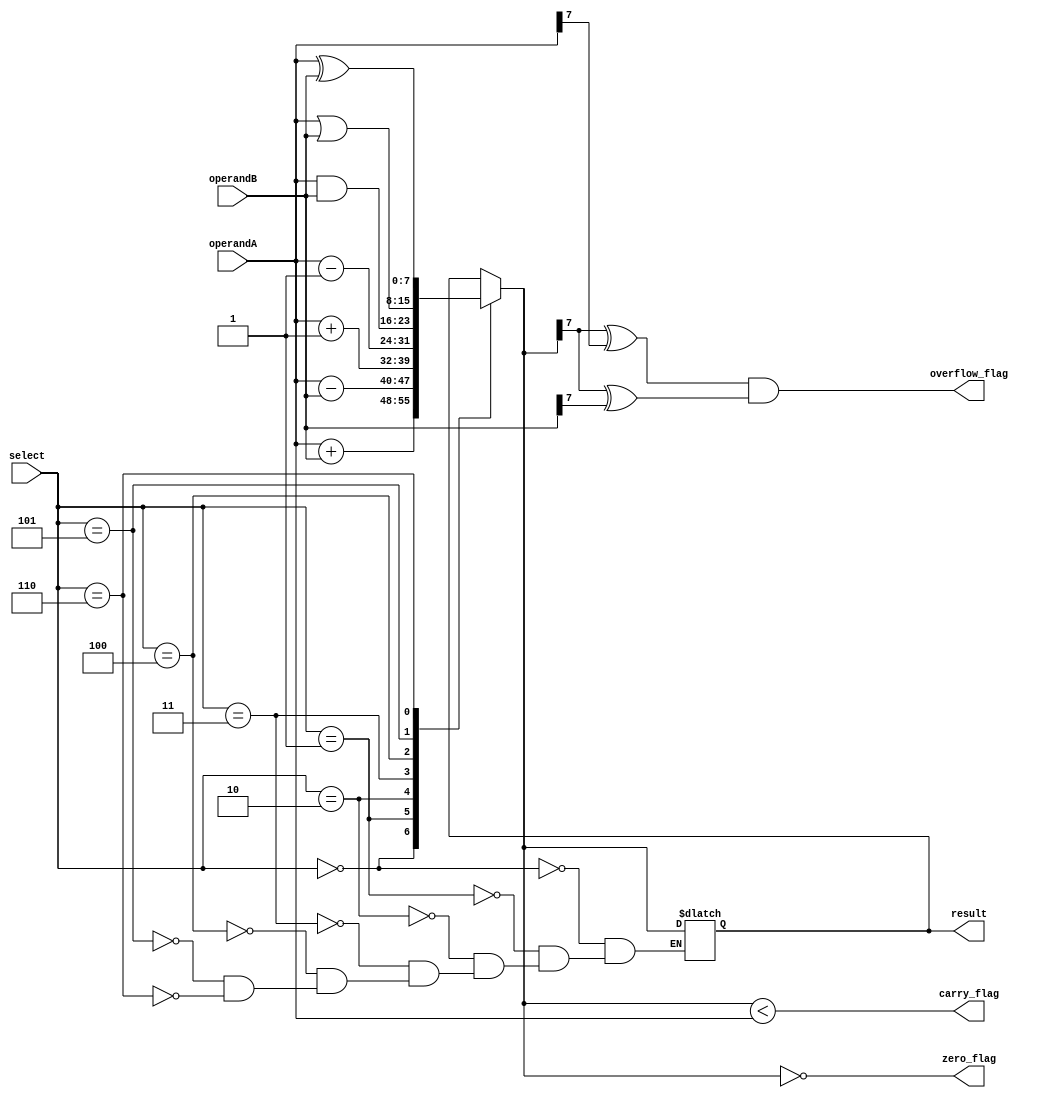
module alu(
    input [7:0] operandA,
    input [7:0] operandB,
    input [2:0] select,
    output reg [7:0] result,
    output reg zero_flag,
    output reg carry_flag,
    output reg overflow_flag
);

always @(*)
begin
    case(select)
        3'b000: result = operandA + operandB; // addition
        3'b001: result = operandA - operandB; // subtraction
        3'b010: result = operandA + 1; // increment
        3'b011: result = operandA - 1; // decrement
        3'b100: result = operandA & operandB; // bitwise AND
        3'b101: result = operandA | operandB; // bitwise OR
        3'b110: result = operandA ^ operandB; // bitwise XOR
    endcase
    // set flags
    zero_flag = (result == 8'h00);
    carry_flag = (result < operandA);
    overflow_flag = (result[7] ^ operandA[7]) & (result[7] ^ operandB[7]);
end

endmodule